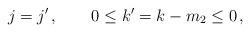
LaTeX: \begin{align*} j=j'\,, \qquad 0 \leq k' = k-m_2 \leq 0\,,\end{align*}